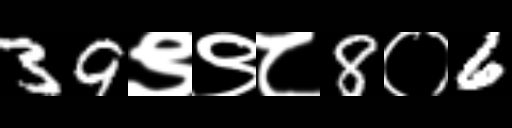
Text: 39९९८8०6